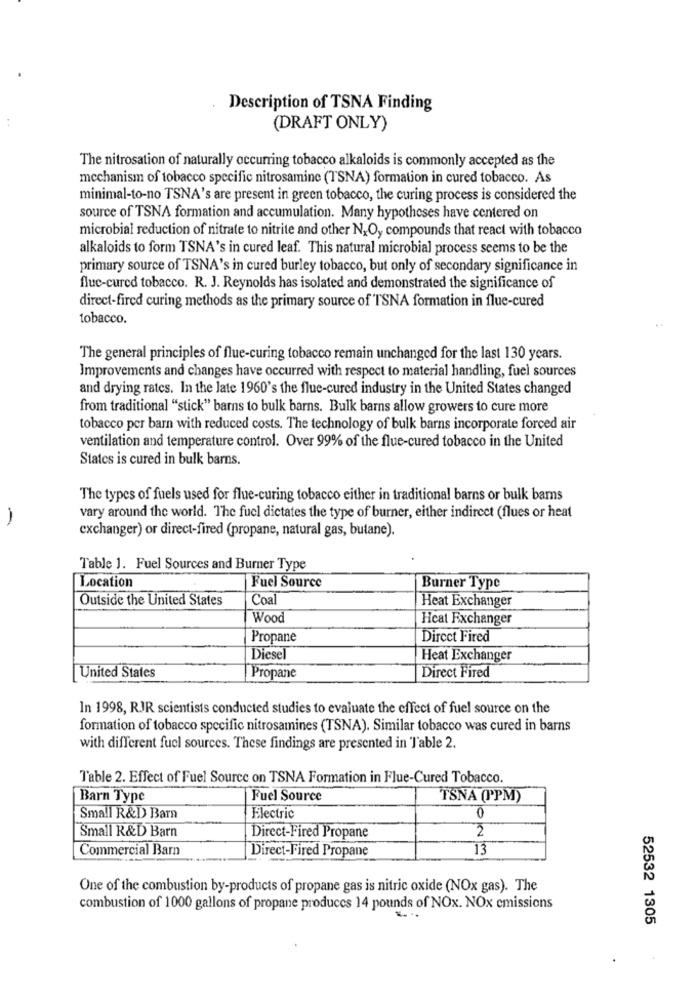
Description of TSNA Finding
(DRAFT ONLY)
The nitrosation of naturally occurring tobacco alkaloids is commonly accepted as the
mechanism of tobacco specific nitrosamine (TSNA) formation in cured tobacco. As
minimal-to-no TSNA's are present in green tobacco, the curing process is considered the
source of TSNA formation and accumulation. Many hypotheses have centered on
microbial reduction of nitrate to nitrite and other N&O, compounds that react with tobacco
alkaloids to form TSNA's in cured leaf. This natural microbial process seems to be the
primary source of TSNA's in cured burley tobacco, but only of secondary significance in
fluc-cured tobacco. R. J. Reynolds has isolated and demonstrated the significance of
direct-fired curing methods as the primary source of TSNA formation in flue-cured
tobacco.
The general principles of flue-curing tobacco remain unchanged for the last 130 years.
Improvements and changes have occurred with respect to material handling, fuel sources
and drying rates. In the late 1960's the flue-cured industry in the United States changed
from traditional "stick" barns to bulk barns. Bulk barns allow growers to cure more
tobacco per barn with reduced costs. The technology of bulk barns incorporate forced air
ventilation and temperature control. Over 99% of the flue-cured tobacco in the United
States is cured in bulk barns.
The types of fuels used for flue-curing tobacco either in traditional barns or bulk bams
-
vary around the world. The fuel dictates the type of burner, either indirect (flues or heat
exchanger) or direct-fired (propane, natural gas, butane).
Table 1. Fuel Sources and Burner Type
Location
Fuel Source
Burner Type
Outside the United States
Coal
Heat Exchanger
Wood
Heat Exchanger
Propane
Direct Fired
Diesel
Heat Exchanger
United States
Direct Fired
Propane
In 1998, RJR scientists conducted studies to evaluate the effect of fuel source on the
formation of tobacco specific nitrosamines (TSNA). Similar tobacco was cured in barns
with different fuel sources. These findings are presented in Table 2.
Table 2. Effect of Fuel Source on TSNA Formation in Flue-Cured Tobacco.
Barn Type
Fuel Source
TSNA (PPM)
Small R&D Barn
Electric
0
2
Small R&D Barn
Direct-Fired Propane
Commercial Barn
Direct-Fired Propane
13
One of the combustion by-products of propane gas is nitric oxide (NOx gas). The
combustion of 1000 gallons of propane produces 14 pounds of NOx. NOx emissions
.. ..
52532 1305